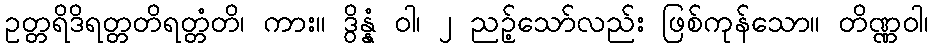
ဥတ္တရိဒိရတ္တတိရတ္တံတိ၊ ကား။ ဒွိန္နံ ဝါ၊ ၂ ညဉ့်သော်လည်း ဖြစ်ကုန်သော။ တိဏ္ဏဝါ၊